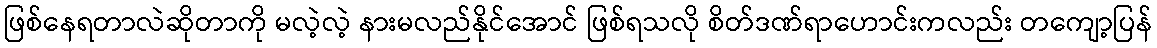
ဖြစ်နေရတာလဲဆိုတာကို မလဲ့လဲ့ နားမလည်နိုင်အောင် ဖြစ်ရသလို စိတ်ဒဏ်ရာဟောင်းကလည်း တကျော့ပြန်